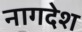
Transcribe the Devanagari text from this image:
नागदेश